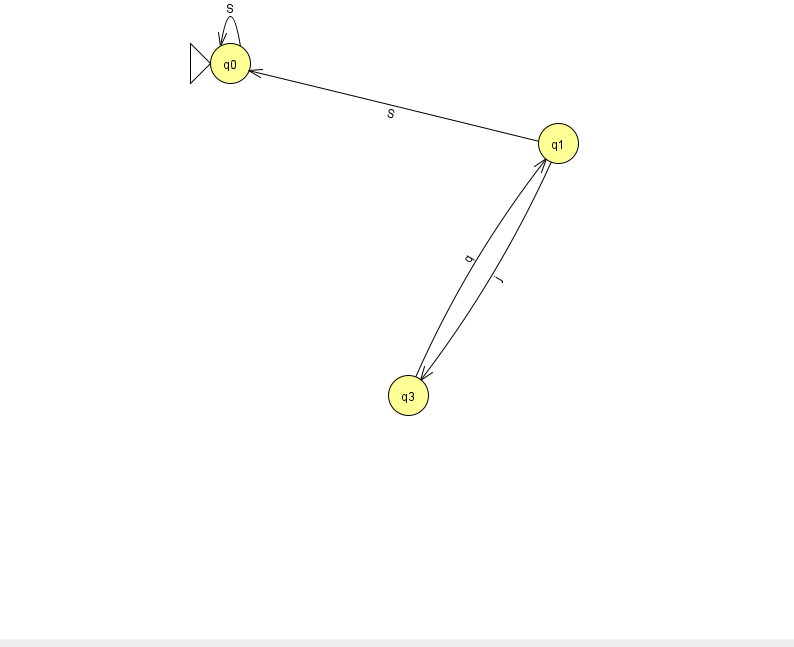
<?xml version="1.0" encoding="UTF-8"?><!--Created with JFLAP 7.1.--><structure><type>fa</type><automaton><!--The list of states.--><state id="0" name="q0"><x>230.0</x><y>50.0</y><initial/></state><state id="1" name="q1"><x>558.0</x><y>130.0</y></state><state id="3" name="q3"><x>408.0</x><y>382.0</y></state><!--The list of transitions.--><transition><from>0</from><to>0</to><read>S</read></transition><transition><from>1</from><to>3</to><read>j</read></transition><transition><from>1</from><to>0</to><read>S</read></transition><transition><from>3</from><to>1</to><read>q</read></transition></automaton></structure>